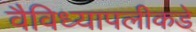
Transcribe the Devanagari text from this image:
वैविध्यापलीकडे